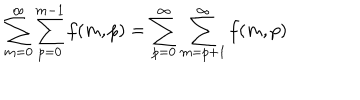
\sum _ { m = 0 } ^ { \infty } \sum _ { p = 0 } ^ { m - 1 } f ( m , p ) = \sum _ { p = 0 } ^ { \infty } \sum _ { m = p + 1 } ^ { \infty } f ( m , p )